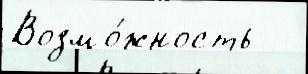
Возмо́жность